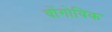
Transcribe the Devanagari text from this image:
वोंगोविक